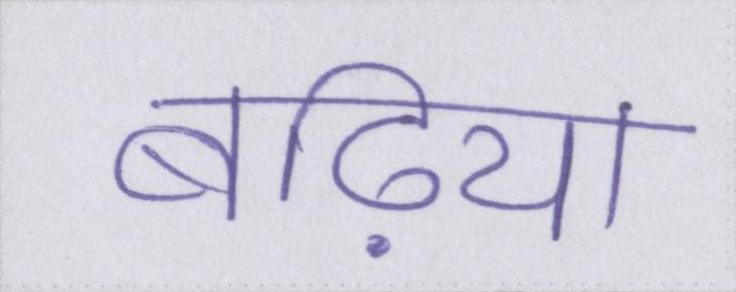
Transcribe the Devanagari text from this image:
बढ़िया